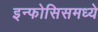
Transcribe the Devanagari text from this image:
इन्फोसिसमध्ये